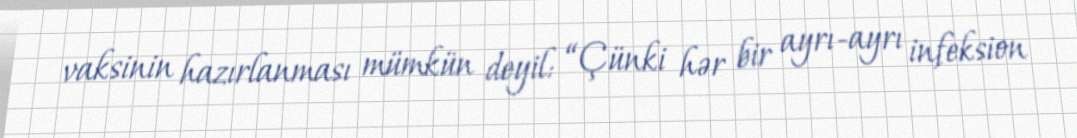
vaksinin hazırlanması mümkün deyil: “Çünki hər bir ayrı-ayrı infeksion